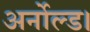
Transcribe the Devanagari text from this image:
अर्नोल्ड।